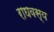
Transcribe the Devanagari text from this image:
राघवस्य